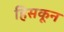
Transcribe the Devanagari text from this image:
हिसकून